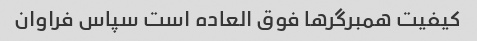
کیفیت همبرگرها فوق العاده است سپاس فراوان